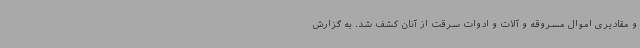
و مقادیری اموال مسروقه و آلات و ادوات سرقت از آنان کشف شد. به گزارش